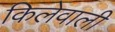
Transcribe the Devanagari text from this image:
किलेवाली